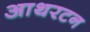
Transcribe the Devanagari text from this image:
आथरटन